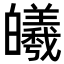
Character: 𪾅